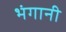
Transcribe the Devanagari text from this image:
भंगानी